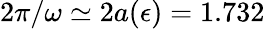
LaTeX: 2\pi/\omega\simeq 2a(\epsilon)=1.732